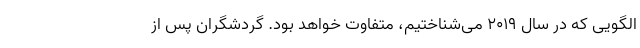
الگویی که در سال ۲۰۱۹ می‌شناختیم، متفاوت خواهد بود. گردشگران پس از